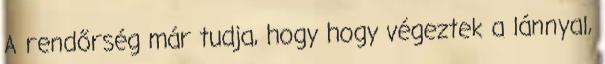
A rendőrség már tudja, hogy hogy végeztek a lánnyal,